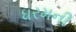
ધરમની